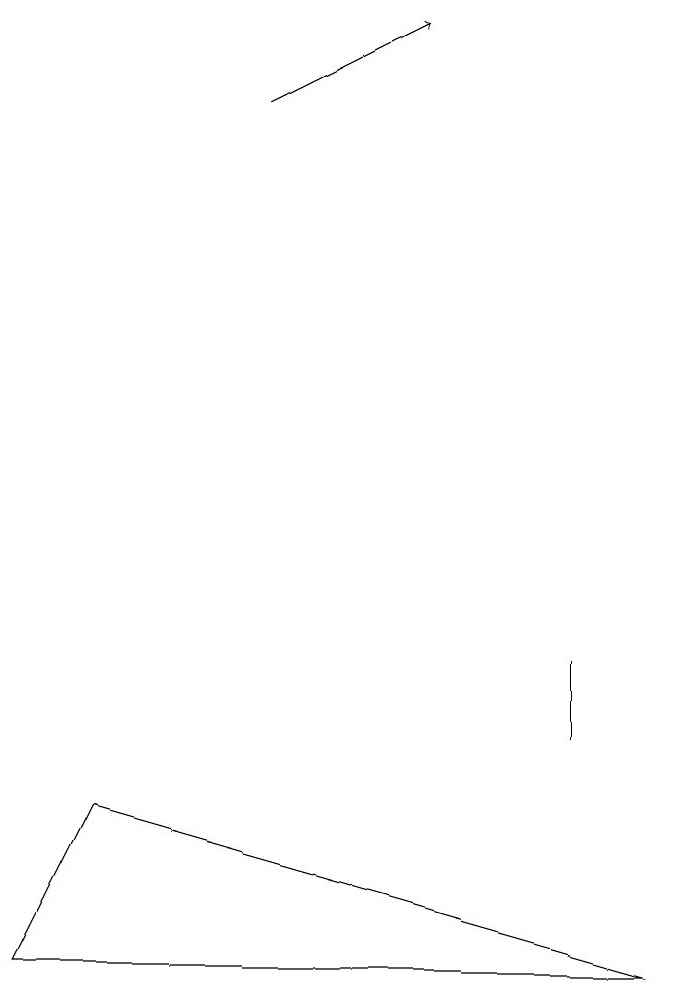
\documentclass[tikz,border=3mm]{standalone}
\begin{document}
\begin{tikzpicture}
\draw (9,5) -- (2,7) -- (1,5) -- cycle;
\draw[->] (4,16) -- (6,17);
\draw (8,9) -- (8,8) -- (8,9) -- cycle;
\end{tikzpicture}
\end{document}